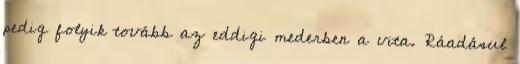
pedig folyik tovább az eddigi mederben a vita. Ráadásul